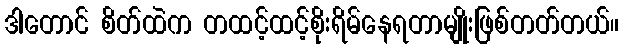
ဒါတောင် စိတ်ထဲက တထင့်ထင့်စိုးရိမ်နေရတာမျိုးဖြစ်တတ်တယ်။